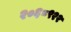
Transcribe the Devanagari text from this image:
२०६८९२२